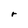
Character: r